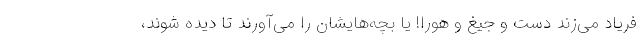
فریاد می‌زند دست و جیغ و هورا! یا بچه‌هایشان را می‌آورند تا دیده شوند،